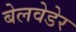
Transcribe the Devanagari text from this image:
बेलवेडेर